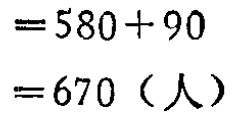
\[
\begin{align*}
&=580 + 90\\
&=670 \text{（人）}
\end{align*}
\]